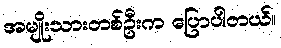
အမျိုးသားတစ်ဦးက ပြောပါတယ်။